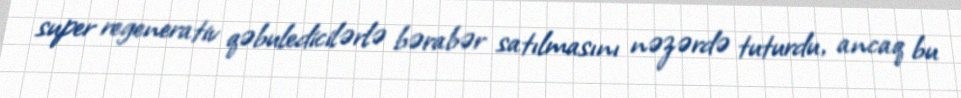
super regenerativ qəbuledicilərlə bərabər satılmasını nəzərdə tuturdu, ancaq bu